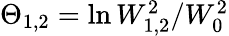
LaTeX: \begin{array}{r}{\Theta_{1,2}=\ln W_{1,2}^{2}/W_{0}^{2}}\end{array}